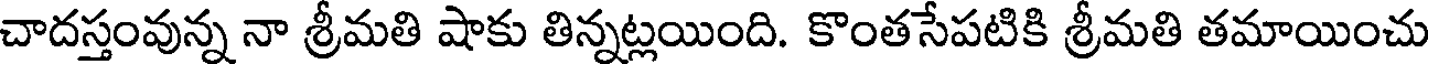
చాదస్తంవున్న నా శ్రీమతి షాకు తిన్నట్లయింది. కొంతసేపటికి శ్రీమతి తమాయించు